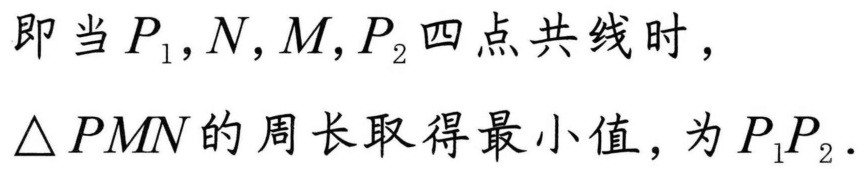
即当\(P_{1},N,M,P_{2}\)四点共线时，
\(\triangle PMN\)的周长取得最小值，为\(P_{1}P_{2}\).